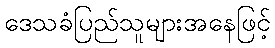
ဒေသခံပြည်သူများအနေဖြင့်